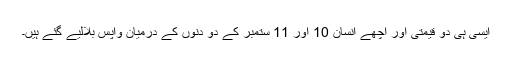
ایسی ہی دو قیمتی اور اچھے انسان 10 اور 11 ستمبر کے دو دنوں کے درمیان واپس بلالیے گئے ہیں۔